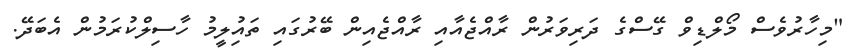
"މިހާރުވެސް މޯލްޑިވް ގޭސްގެ ދަރިވަރުން ރާއްޖެއާއި ރާއްޖެއިން ބޭރުގައި ތައިުލީމު ހާސިލްކުރަމުން އެބަދޭ.